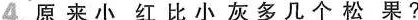
4.原来小红比小灰多几个松果?